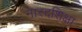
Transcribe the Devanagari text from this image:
नारदशिक्षा